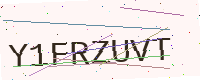
Text: Y1FRZUVT